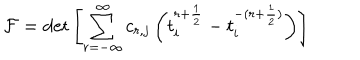
{ \cal F } = \det \left[ \sum _ { r = - { \infty } } ^ { \infty } c _ { r , j } \left( t _ { i } ^ { r + \frac { 1 } { 2 } } - t _ { i } ^ { - ( r + \frac { 1 } { 2 } ) } \right) \right]